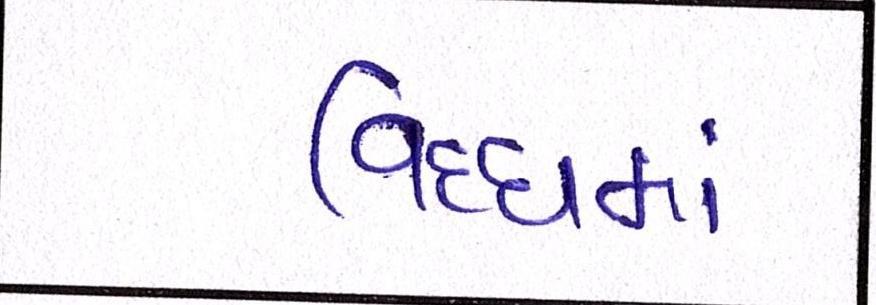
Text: વિધ્ધમાં